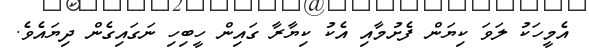
އެމީހަކު ލަވަ ކިޔަން ފެށުމާއި އެކު ކިޔާރާ ގައިން ހީބިހި ނަގައިގެން ދިޔައެވެ.